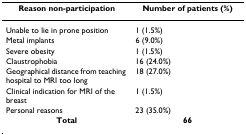
<table><thead><tr><td><b>Reason non-participation</b></td><td><b>Number of patients (%)</b></td></tr></thead><tbody><tr><td>Unable to lie in prone position</td><td>1 (1.5%)</td></tr><tr><td>Metal implants</td><td>6 (9.0%)</td></tr><tr><td>Severe obesity</td><td>1 (1.5%)</td></tr><tr><td>Claustrophobia</td><td>16 (24.0%)</td></tr><tr><td>Geographical distance from teaching hospital to MRI too long</td><td>18 (27.0%)</td></tr><tr><td>Clinical indication for MRI of the breast</td><td>1 (1.5%)</td></tr><tr><td>Personal reasons</td><td>23 (35.0%)</td></tr><tr><td><b>Total</b></td><td><b>66</b></td></tr></tbody></table>